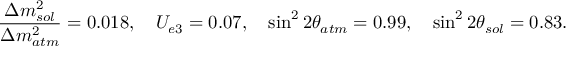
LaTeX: { \frac { \Delta m _ { s o l } ^ { 2 } } { \Delta m _ { a t m } ^ { 2 } } } = 0 . 0 1 8 , \quad U _ { e 3 } = 0 . 0 7 , \quad \sin ^ { 2 } 2 \theta _ { a t m } = 0 . 9 9 , \quad \sin ^ { 2 } 2 \theta _ { s o l } = 0 . 8 3 .